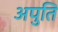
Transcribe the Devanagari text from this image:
अपुति